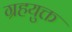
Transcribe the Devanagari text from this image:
ग्रहयुक्त